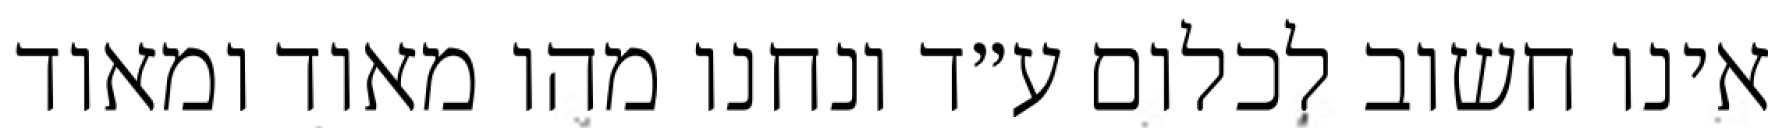
אינו חשוב לכלום ע״ד ונחנו מהו מאוד ומאוד